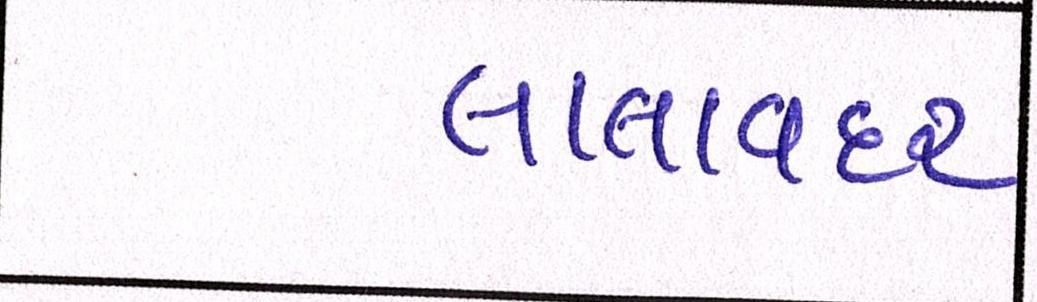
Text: લાલાવદર